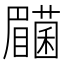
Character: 𭿰